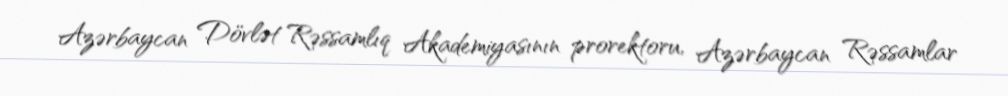
Azərbaycan Dövlət Rəssamlıq Akademiyasının prorektoru, Azərbaycan Rəssamlar